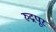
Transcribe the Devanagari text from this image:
रुद्रपूर